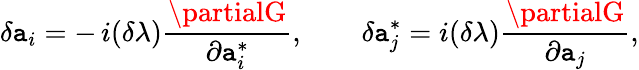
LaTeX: \delta\mathtt{a}_{i}=-\, {i}(\delta\lambda){\frac{{\partialG}}{{\partial\mathtt{a}_{i}^{*}}}},\qquad\delta\mathtt{a}_{j}^{*}={i}(\delta\lambda){\frac{{\partialG}}{{\partial\mathtt{a}_{j}}}},